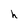
Character: h